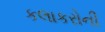
કલાકરોની